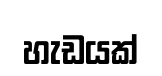
හැඩයක්